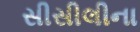
સીસીલીના